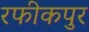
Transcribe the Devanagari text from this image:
रफीकपुर